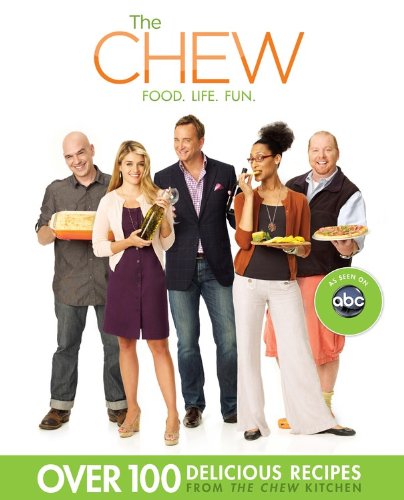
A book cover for The Chew: Food. Life. Fun.; The Chew; Cookbooks, Food & Wine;